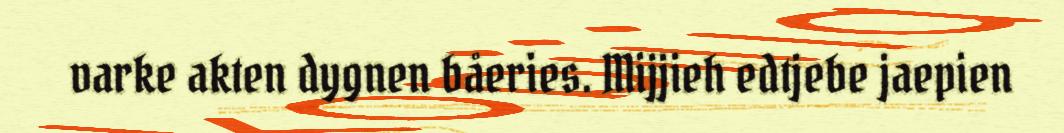
varke akten dygnen båeries. Mijjieh edtjebe jaepien